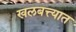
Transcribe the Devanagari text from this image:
खलबत्त्यात